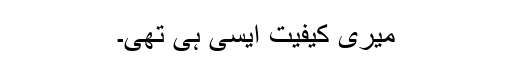
میری کیفیت ایسی ہی تھی۔